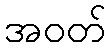
အဝတ်